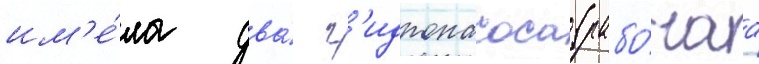
им'е́ла два́ г'идронасоса (рабо́чаа